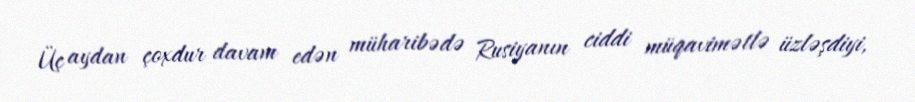
Üç aydan çoxdur davam edən müharibədə Rusiyanın ciddi müqavimətlə üzləşdiyi,